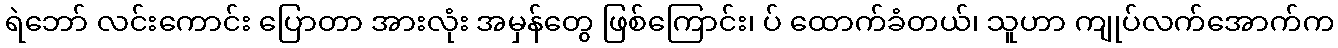
ရဲဘော် လင်းကောင်း ပြောတာ အားလုံး အမှန်တွေ ဖြစ်ကြောင်း၊ ပ် ထောက်ခံတယ်၊ သူဟာ ကျုပ်လက်အောက်က